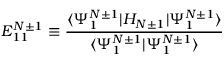
E _ { 1 1 } ^ { N \pm 1 } \equiv \frac { \langle \Psi _ { 1 } ^ { N \pm 1 } | H _ { N \pm 1 } | \Psi _ { 1 } ^ { N \pm 1 } \rangle } { \langle \Psi _ { 1 } ^ { N \pm 1 } | \Psi _ { 1 } ^ { N \pm 1 } \rangle }